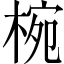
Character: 椀